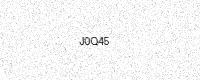
Text: J0Q45